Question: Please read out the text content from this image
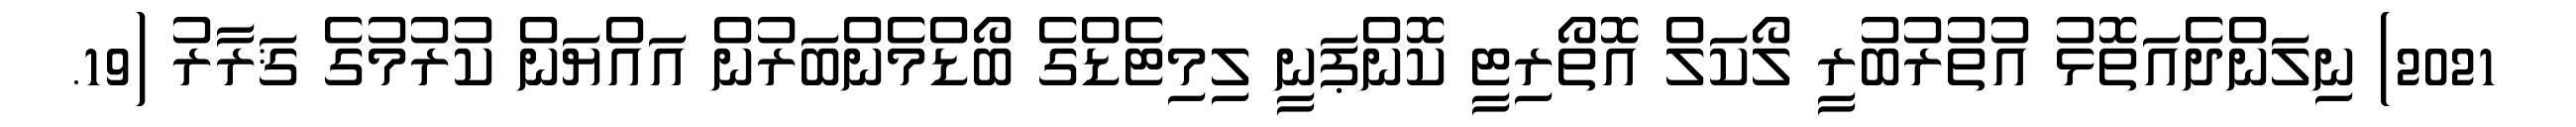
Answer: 2021) ނިލަންދެއަތޮޅު އުތުރުބުރީ ލޯކަލް އޮތޯރިޓީ ކޮންޕަނީ ލިމިޓެޑްގެ ބޯޑްމެންބަރުން އައްޔަން ކުރުމުގެ ޤަރާރު (19.